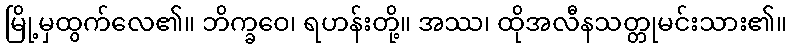
မြို့မှထွက်လေ၏။ ဘိက္ခဝေ၊ ရဟန်းတို့။ အဿ၊ ထိုအလီနသတ္တုမင်းသား၏။